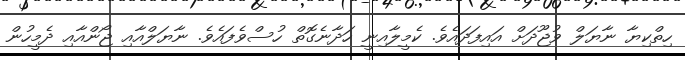
ހިތްކިޔާ ނާޔަލް ވުޖޫދަށް އައިފަދައެވެ. ކެމީލާއިނީ ހަދާނެގޮތް ހުސްވެފައެވެ. ނާޔަލްއާއި ޖޯންއާއި ދެމީހުން